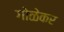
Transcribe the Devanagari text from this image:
गोळेकर